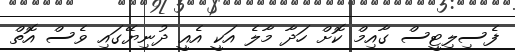
ފެސިލިޓީސް ގާއިމް ކޮށް ހަދާ މާލެ އަކީ އެއީ ދުނިޔޭގައި ވެސް އޮތް